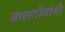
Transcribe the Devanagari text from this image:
बालगीतांची